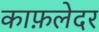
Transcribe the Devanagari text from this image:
काफ़लेदर